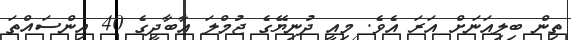
ތިން ބިލިއަނަށް އަރަ އެވެ. މިއީ ދުނިޔޭގެ ޖުމްލަ އާބާދީގެ 40 އިންސައްތަ